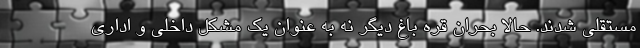
مستقلی شدند. حالا بحران قره باغ دیگر نه به عنوان یک مشکل داخلی و اداری